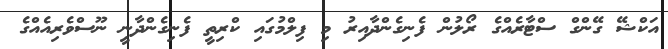
އަކްޝޭ ގޭންގް ސްޓާރެއްގެ ރޯލުން ފެނިގެންދާއިރު މި ފިލްމުގައި ކްރިތީ ފެނިގެންދާނީ ނޫސްވެރިއެއްގެ